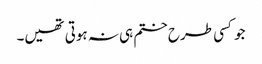
جو کسی طرح ختم ہی نہ ہوتی تھیں۔